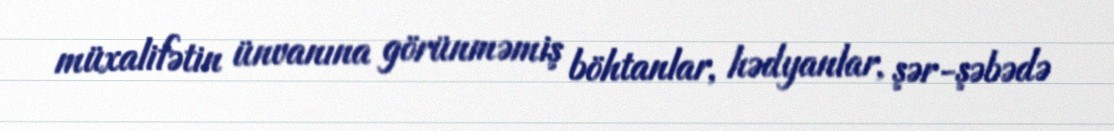
müxalifətin ünvanına görünməmiş böhtanlar, hədyanlar, şər-şəbədə